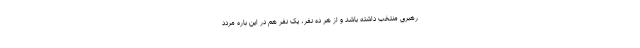
رهبری منتخب داشته باشد و از هر ده نفر، یک نفر هم در این باره مردد